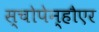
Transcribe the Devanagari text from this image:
स्चोपेन्हौएर